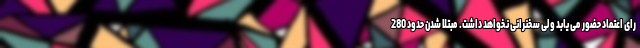
رای اعتماد حضور می یابد ولی سخنرانی نخواهد داشت. مبتلا شدن حدود 280